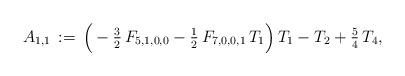
LaTeX: \begin{align*}A_{1,1}\,:=\,\Big(-\tfrac{3}{2}\,F_{5,1,0,0}-\tfrac{1}{2}\,F_{7,0,0,1}\,T_1\Big)\,T_1-T_2+\tfrac{5}{4}\,T_4,\end{align*}